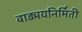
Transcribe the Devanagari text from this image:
वाड्मयनिर्मिती